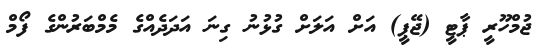
ޖުމްހޫރީ ޕާޓީ (ޖޭޕީ) އަށް އަލަށް ގުޅުނު ގިނަ އަދަދެއްގެ މެމްބަރުންގެ ފޯމް